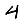
Digit: 4